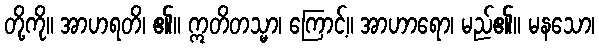
တို့ကို။ အာဟရတိ၊ ၏။ ဣတိတသ္မာ၊ ကြောင့်။ အာဟာရော၊ မည်၏။ မနသော၊